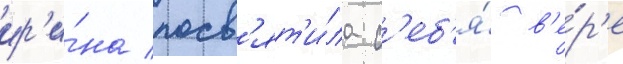
ир'и́на посв'ят'и́ла с'еб'я́ в'е́р'е